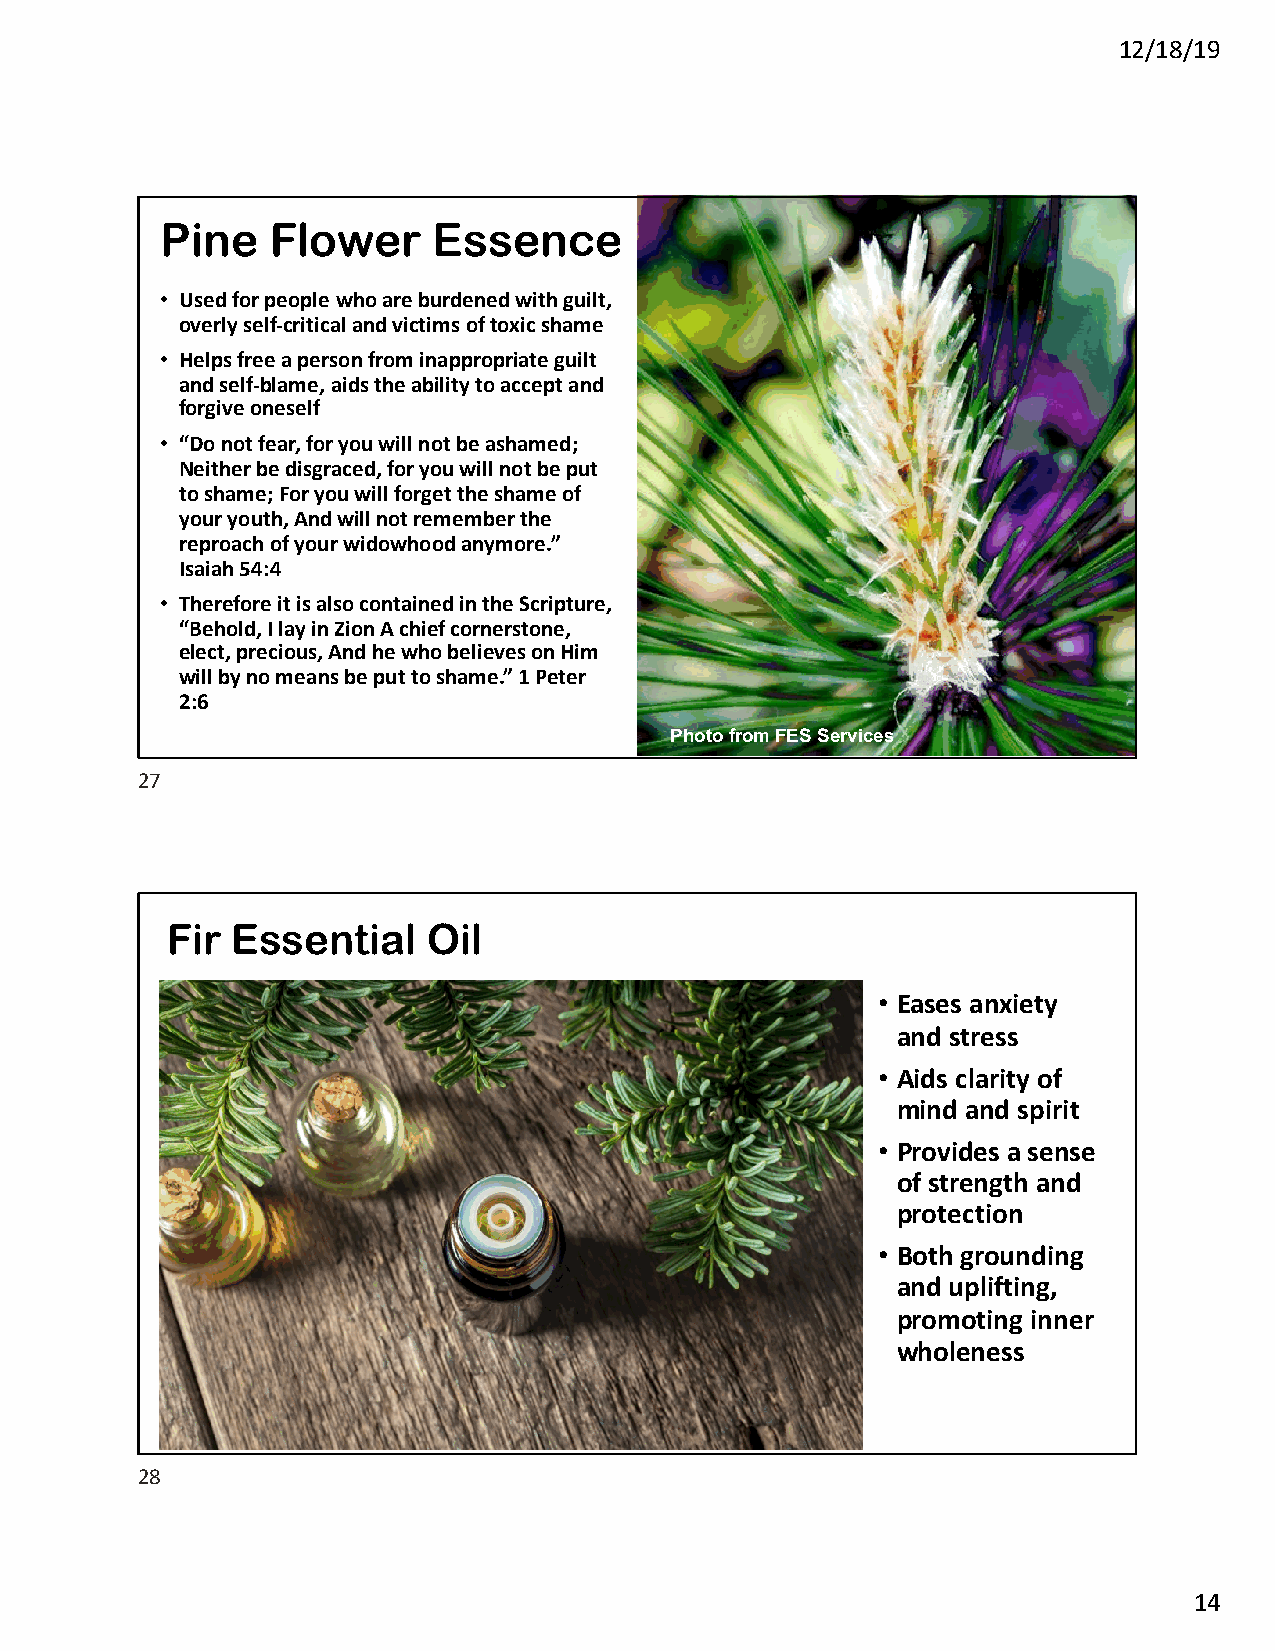
12/18/19
 Pine   Flower     Essence
 • Used for people who are burdened with guilt,
 overly self-critical and victims of toxic shame
 • Helps free a person from inappropriate guilt
 and self-blame, aids the ability to accept and
 forgive oneself
 • “Do not fear, for you will not be ashamed;
 Neither be disgraced, for you will not be put
 toshame; For you will forget theshameof
 your youth, And will not remember the
 reproach of your widowhood anymore.”
 Isaiah 54:4
 • Therefore it is also contained in the Scripture,
 “Behold, I lay in Zion A chief cornerstone,
 elect, precious, And he who believes on Him
 will by no means be put toshame.” 1 Peter
 2:6
 Photo from FES Services
 27
 Fir Essential    Oil
 • Eases anxiety
 and stress
 • Aids clarity of
 mind and spirit
 • Provides a sense
 of strength and
 protection
 • Both grounding
 and uplifting,
 promoting inner
 wholeness
 28
 14